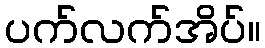
ပက်လက်အိပ်။